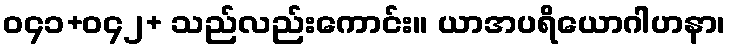
ဝ၄၁+ဝ၄၂+ သည်လည်းကောင်း။ ယာအပရိယောဂါဟနာ၊